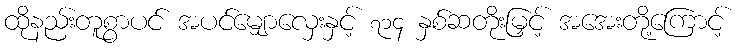
ထိုနည်းတူစွာပင် အပင်မျှောလှေးနှင့် ၇၁၄ နှစ်ဆတိုးမြှင့် အအေးတို့ကြောင့်